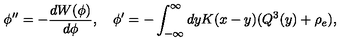
\phi ^ { \prime \prime } = - { \frac { d W ( \phi ) } { d \phi } } , \quad \phi ^ { \prime } = - \int _ { - \infty } ^ { \infty } d y K ( x - y ) ( Q ^ { 3 } ( y ) + \rho _ { e } ) ,